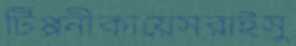
টিপ্পনীকায়েসরাইসু